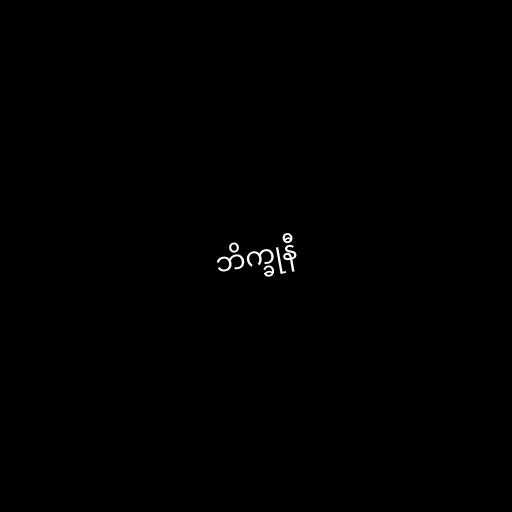
ဘိက္ခုနီ